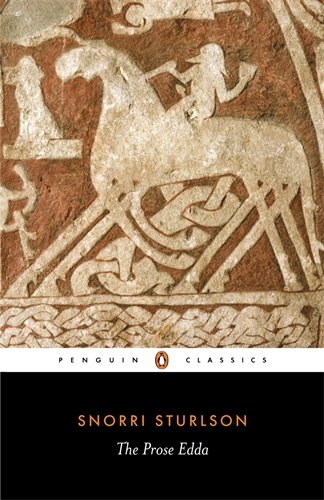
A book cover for The Prose Edda: Norse Mythology (Penguin Classics); Snorri Sturluson; Literature & Fiction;